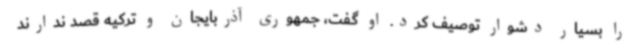
را بسیار دشوار توصیف کرد. او گفت، جمهوری آذربایجان و ترکیه قصد ندارند